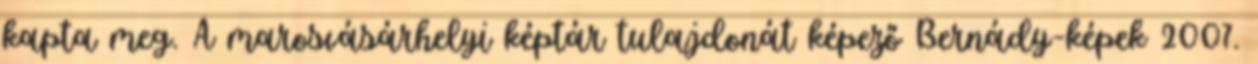
kapta meg. A marosvásárhelyi képtár tulajdonát képező Bernády-képek 2007.